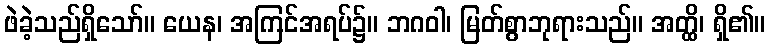
ဖဲခဲ့သည်ရှိသော်။ ယေန၊ အကြင်အရပ်၌။ ဘဂဝါ၊ မြတ်စွာဘုရားသည်။ အတ္ထိ၊ ရှိ၏။